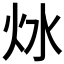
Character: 𤆩